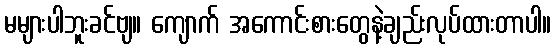
မများပါဘူးခင်ဗျ။ ကျောက် အကောင်းစားတွေနဲ့ချည်းလုပ်ထားတာပါ။